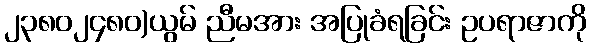
၂၃၈၀၂၄၈၀)ယွမ် ညီမအား အပြုခံရခြင်း ဥပရာဇာကို